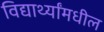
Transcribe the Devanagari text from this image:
विद्यार्थ्यांमधील